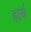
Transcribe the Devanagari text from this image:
हार्च